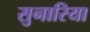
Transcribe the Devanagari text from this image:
सुनारिया